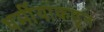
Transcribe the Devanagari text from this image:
धर्मीयांकडून